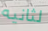
لثانيه